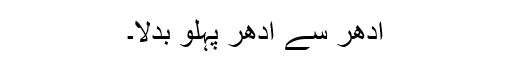
ادھر سے ادھر پہلو بدلا۔